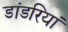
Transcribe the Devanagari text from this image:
डांडरियां